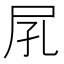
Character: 𡰼